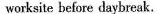
worksite before daybreak.